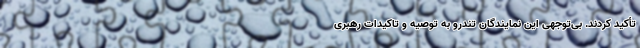
تأکید کردند. بی‌توجهی این نمایندگان تندرو به توصیه و تاکیدات رهبری